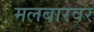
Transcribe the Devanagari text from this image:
मलबारवर